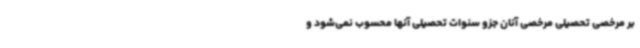
بر مرخصی تحصیلی مرخصی آنان جزو سنوات تحصیلی آنها محسوب نمی‌شود و